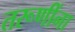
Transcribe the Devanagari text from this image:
तरूणींना